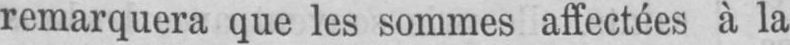
remarquera que les sommes affectées à la